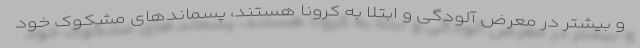
و بیشتر در معرض آلودگی و ابتلا به کرونا هستند، پسماند‌های مشکوک خود